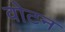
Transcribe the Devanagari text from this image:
वोटन